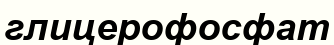
глицерофосфат